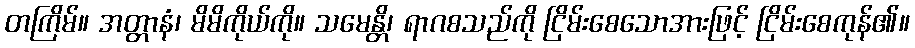
တကြိမ်။ အတ္တာနံ၊ မိမိကိုယ်ကို။ သမေန္တိ၊ ရာဂစသည်ကို ငြိမ်းစေသောအားဖြင့် ငြိမ်းစေကုန်၏။